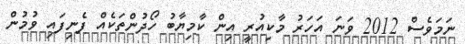
ނަމަވެސް 2012 ވަނަ އަހަރު މާކިއުރީ އިން ކާމިޔާބު ހޯދުންތަކެއް ފެނިފައި ވުމުން